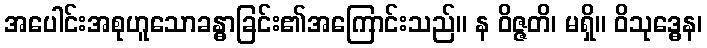
အပေါင်းအစုဟူသောခန္ဓာခြင်း၏အကြောင်းသည်။ န ဝိဇ္ဇတိ၊ မရှိ။ ဝိသုဒ္ဓေန၊